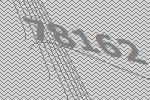
78162